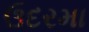
ઉદરમા